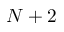
N + 2